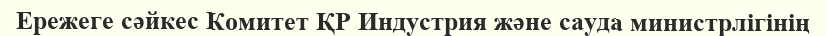
Ережеге сәйкес Комитет ҚР Индустрия және сауда министрлігінің